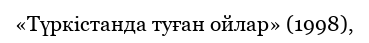
«Түркістанда туған ойлар» (1998),